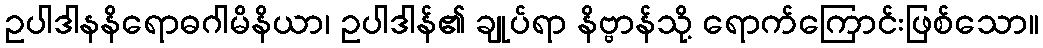
ဥပါဒါနနိရောဓဂါမိနိယာ၊ ဥပါဒါန်၏ ချုပ်ရာ နိဗ္ဗာန်သို့ ရောက်ကြောင်းဖြစ်သော။